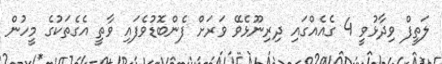
ލަތީފް ވިދާޅުވީ 4 ގެއެއްގައި ދިރިނޫޅެވޭ ވަރަށް ފެންބޮޑުވެފައި ވާތީ އެގެތަކުގެ މީހުން